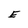
Character: E